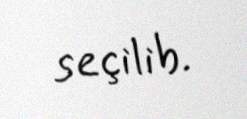
seçilib.